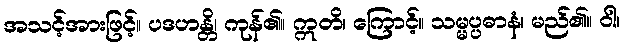
အသင့်အားဖြင့်။ ပဒဟန္တိ၊ ကုန်၏။ ဣတိ၊ ကြောင့်။ သမ္မပ္ပဓာနံ၊ မည်၏။ ဝါ၊